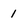
Character: 1